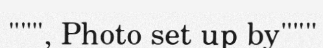
""", Photo set up by"""